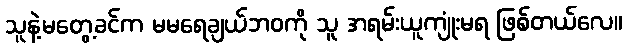
သူနဲ့မတွေ့ခင်က မမရေချယ်ဘဝကို သူ အရမ်းယူကျုံးမရ ဖြစ်တယ်လေ။